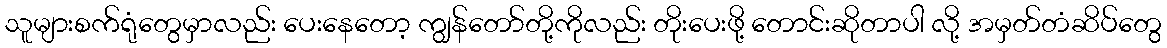
သူများစက်ရုံတွေမှာလည်း ပေးနေတော့ ကျွန်တော်တို့ကိုလည်း တိုးပေးဖို့ တောင်းဆိုတာပါ လို့ အမှတ်တံဆိပ်တွေ